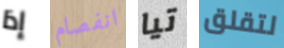
إذا انفصام تيا لتقلق